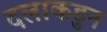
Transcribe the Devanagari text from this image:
दलाकडुन